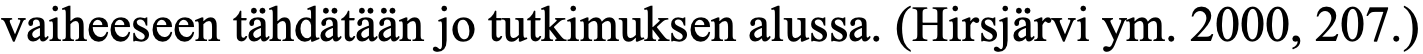
vaiheeseen tähdätään jo tutkimuksen alussa. (Hirsjärvi ym. 2000, 207.)